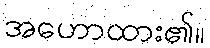
အဟောထား၏။